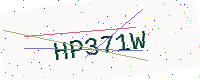
Text: HP371W